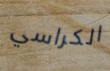
الكراسي